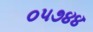
૦૫૭૪૪